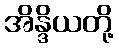
အိန္ဒိယတို့